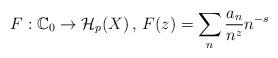
LaTeX: \begin{align*}F: \mathbb{C}_0 \rightarrow \mathcal{H}_p(X)\,,\, F(z) = \sum_n \frac{a_n}{n^z} n^{-s}\end{align*}